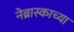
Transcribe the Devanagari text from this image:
नेब्रास्काच्या